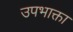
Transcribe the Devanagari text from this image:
उपभाक्ता